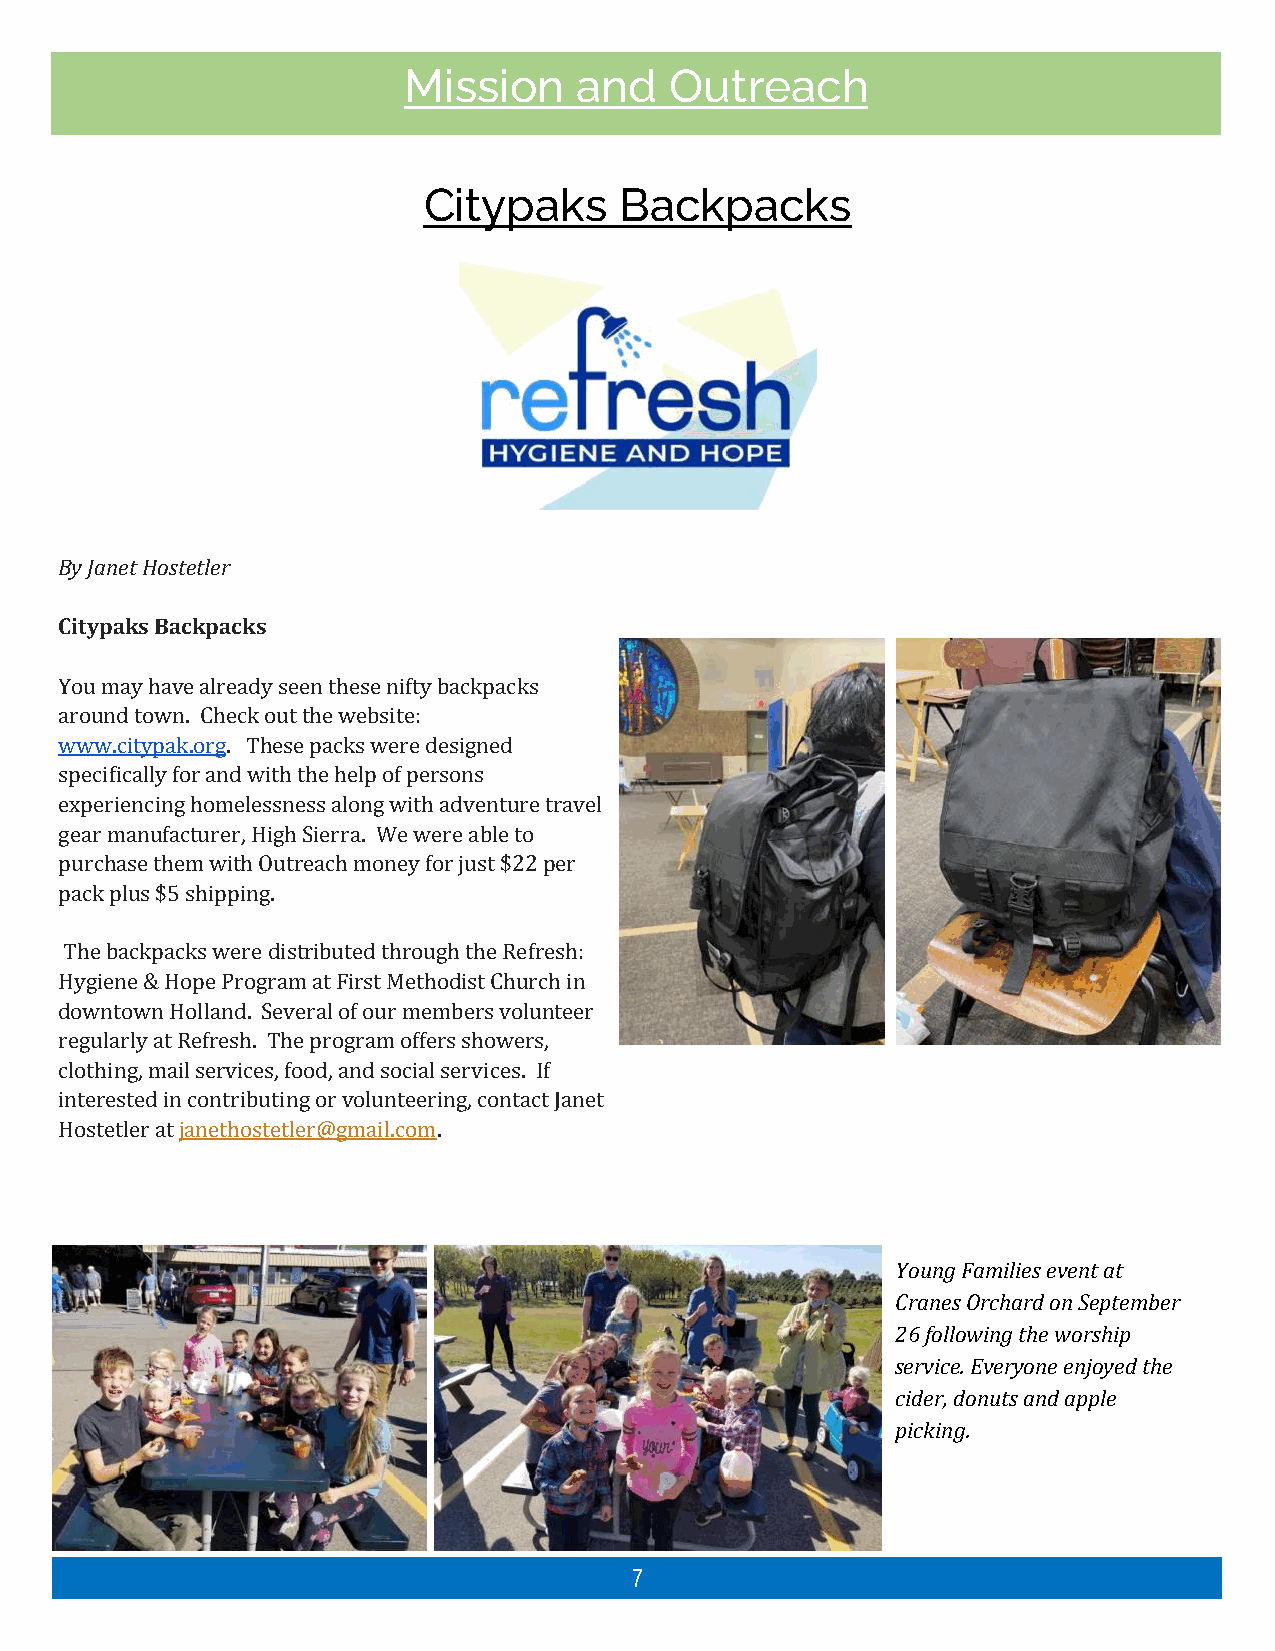
Mission    and   Outreach
 Citypaks     Backpacks
 By Janet Hostetler
 Citypaks Backpacks
 You may have already seen these nifty backpacks
 around town. Check out the website:
 www.citypak.org. These packs were designed
 specifically for and with the help of persons
 experiencing homelessness along with adventure travel
 gear manufacturer, High Sierra. We were able to
 purchase them with Outreach money for just $22 per
 pack plus $5 shipping.
 The backpacks were distributed through the Refresh:
 Hygiene & Hope Program at First Methodist Church in
 downtown Holland. Several of our members volunteer
 regularly at Refresh. The program offers showers,
 clothing, mail services, food, and social services. If
 interested in contributing or volunteering, contact Janet
 Hostetler at janethostetler@gmail.com.
 Young Families event at
 Cranes Orchard on September
 26 following the worship
 service. Everyone enjoyed the
 cider, donuts and apple
 picking.
 Image and logo courtesy of HFHC 7